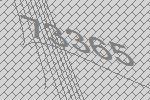
73365